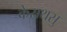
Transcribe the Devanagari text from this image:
केसथसु